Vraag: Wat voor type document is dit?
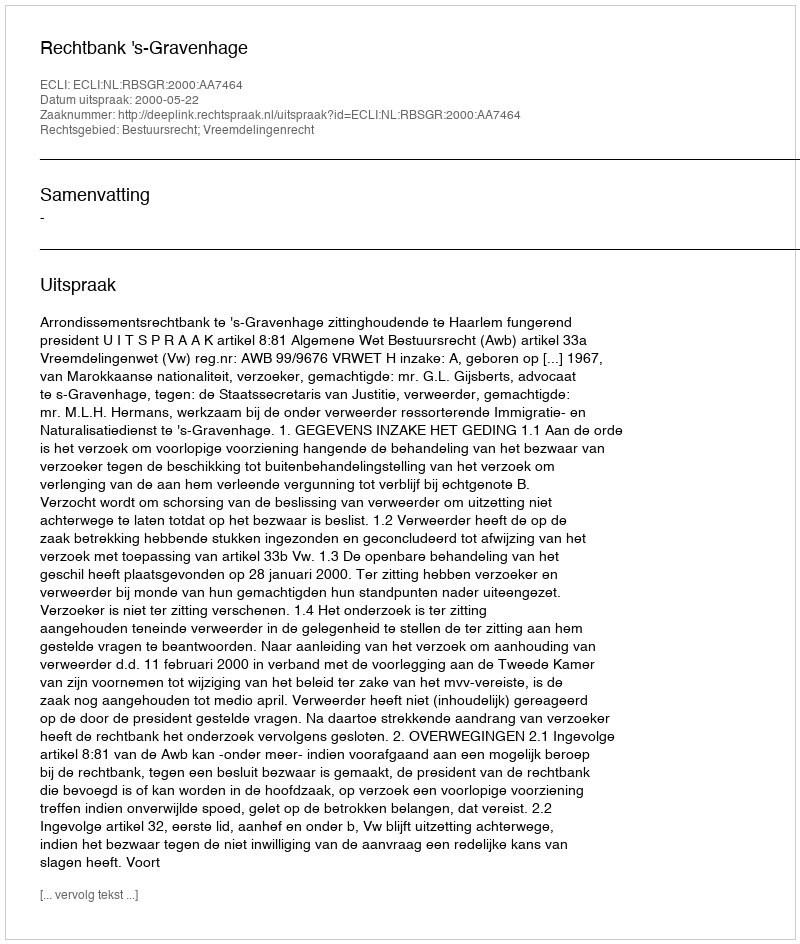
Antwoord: Uitspraak